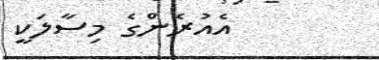
އެއުރެންގެ މިސާލަކީ